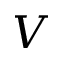
V